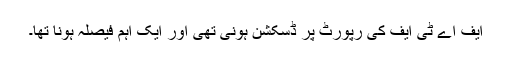
ایف اے ٹی ایف کی رپورٹ پر ڈسکشن ہونی تھی اور ایک اہم فیصلہ ہونا تھا۔